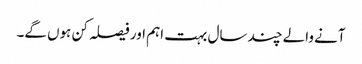
آنے والے چند سال بہت اہم اور فیصلہ کن ہوں گے۔